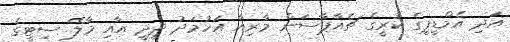
އަދި އެމްޑީޕީގެ ކުރީގެ ޗެއާޕާސަން މާރިއާ އަހުމަދު ދީދީ އާއި މާލޭ ސިޓީގެ